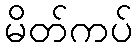
မိတ်ကပ်